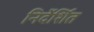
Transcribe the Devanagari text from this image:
निर्देर्शित